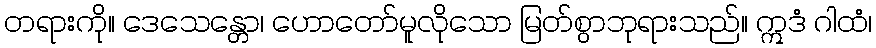
တရားကို။ ဒေသေန္တော၊ ဟောတော်မူလိုသော မြတ်စွာဘုရားသည်။ ဣဒံ ဂါထံ၊